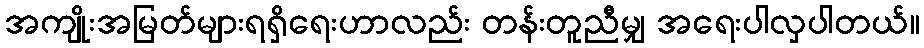
အကျိုးအမြတ်များရရှိရေးဟာလည်း တန်းတူညီမျှ အရေးပါလှပါတယ်။